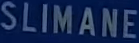
SLIMANE